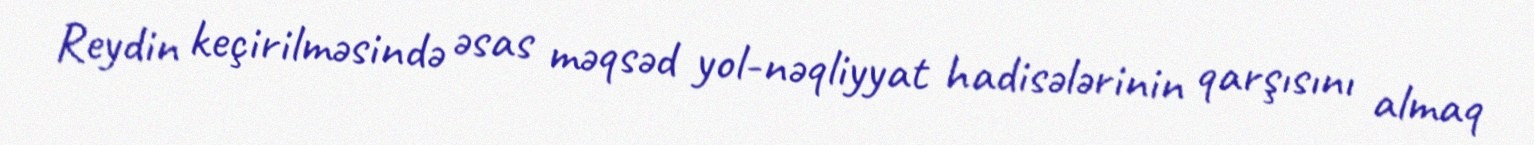
Reydin keçirilməsində əsas məqsəd yol-nəqliyyat hadisələrinin qarşısını almaq